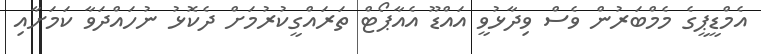
އެމްޑީޕީގެ މެމްބަރުން ވެސް ވިދާޅުވީ އައްޑޫ އެއާޕޯޓް ތަރައްގީކުރުމަށް ދެކޮޅު ނުހައްދަވާ ކަމަށާއި